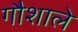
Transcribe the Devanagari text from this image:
गौशाले